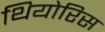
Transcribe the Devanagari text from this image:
थियोरिस